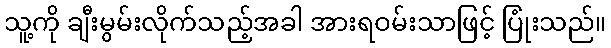
သူ့ကို ချီးမွမ်းလိုက်သည့်အခါ အားရဝမ်းသာဖြင့် ပြုံးသည်။